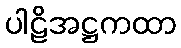
ပါဠိအဋ္ဌကထာ